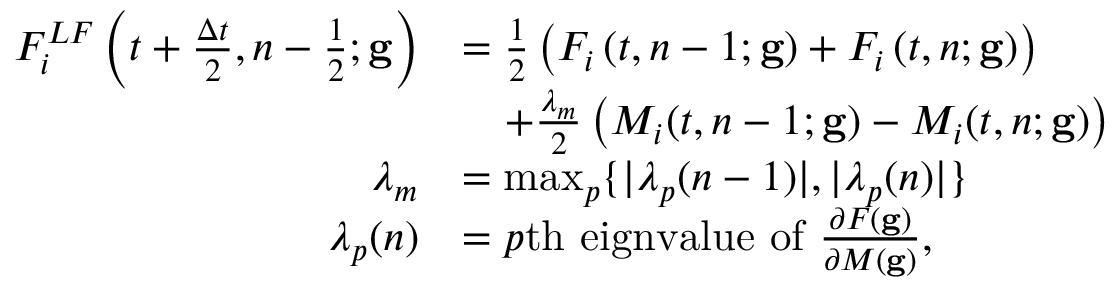
\begin{array} { r l } { F _ { i } ^ { L F } \left( t + \frac { \Delta t } { 2 } , n - \frac { 1 } { 2 } ; \mathbf { g } \right) } & { = \frac { 1 } { 2 } \left( F _ { i } \left( t , n - 1 ; \mathbf { g } \right) + F _ { i } \left( t , n ; \mathbf { g } \right) \right) } \\ & { \quad + \frac { \lambda _ { m } } { 2 } \left( M _ { i } ( t , n - 1 ; \mathbf { g } ) - M _ { i } ( t , n ; \mathbf { g } ) \right) } \\ { \lambda _ { m } } & { = \operatorname* { m a x } _ { p } \{ | \lambda _ { p } ( n - 1 ) | , | \lambda _ { p } ( n ) | \} } \\ { \lambda _ { p } ( n ) } & { = p \mathrm { t h ~ e i g n v a l u e ~ o f ~ } \frac { \partial F ( \mathbf { g } ) } { \partial M ( \mathbf { g } ) } , } \end{array}